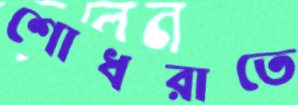
শোধরাতে